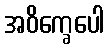
အဝိက္ခေပေါ